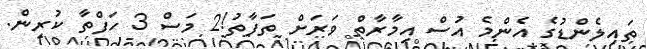
ތައިލެންޑުގެ އެންމެ އުސް އިމާރާތް ވަރަށް ތަފާތު!2 މަސް 3 ހަފްތާ ކުރިން.